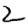
Digit: 2